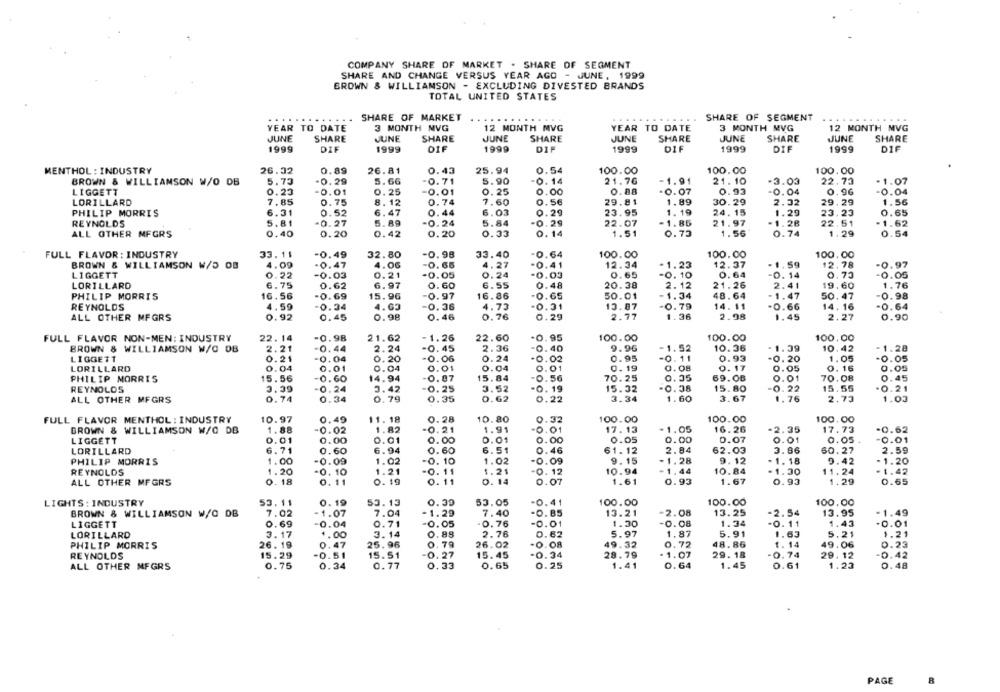
COMPANY SHARE OF MARKET . SHARE OF SEGMENT
SHARE AND CHANGE VERSUS YEAR AGO - JUNE, 1999
BROWN & WILLIAMSON - EXCLUDING DIVESTED BRANDS
TOTAL UNITED STATES
.....
SHARE OF MARKET
SHARE OF SEGMENT
........
YEAR TO DATE
3 MONTH MVG
12 MONTH MVG
YEAR TO DATE
3 MONTH MVG
12 MONTH MVG
JUNE
SHARE
JUNE
SHARE
JUNE
SHARE
JUNE
SHARE
JUNE
SHARE
JUNE
SHARE
1999
DIF
1999
OIF
1999
DIF
1999
DIF
1999
DIF
1999
DIF
MENTHOL : INDUSTRY
26.32
0.89
26.81
0.43
25.94
0.54
100.00
100.00
100.00
21.76
-1.91
21.10
22.73
- 1.07
BROWN & WILLIAMSON W/O DB
5.73
-0.29
5.66
-0.71
5.90
-0.14
-3.03
LIGGETT
0.23
-0.01
0.25
-0.01
0.25
0.00
0.88
-0.07
0.93
-0.04
0.96
-0.04
LORILLARD
7.85
0.74
0.56
29.81
1.89
30.29
2.32
29.29
1.56
0.75
8. 12
7.60
PHILIP MORRIS
6.31
0.52
6.47
0.44
6.03
0.29
23.95
1. 19
24.15
1.29
23.23
0.65
5.81
-0.27
5.89
-0.24
5.84
-1.85
21.97
-1.62
REYNOLDS
-0.29
22.07
-1.28
22.51
ALL OTHER MFGRS
0.40
0.20
0.42
0.20
0.33
0.14
1.51
0.73
1.56
0.74
1.29
0.54
FULL FLAVOR : INDUSTRY
33.11
-0.49
32.80
-0.98
33.40
-0.64
100.00
100.00
100.00
BROWN & WILLIAMSON W/5 0B
4.09
-0.47
4.00
-0.66
4.27
-0.41
12.34
-1.23
12.37
-1.59
12.78
-0.97
LIGGETT
0.22
-0.03
0.21
-0.05
0.24
-0.03
0.65
-0. 10
0.64
0. 14
0.73
0.05
LORILLARD
6.75
6.55
0.48
20.38
2.12
1.76
0.62
6.97
0.60
21.26
2.41
19.60
PHILIP MORRIS
16. 56
-0.69
15.96
0.97
16.86
-0.65
50.01
-1.34
48.64
-1.47
50.47
-0.98
4.59
REYNOLDS
0.34
4.03
-0.36
4.73
-0.31
13.87
0.79
14.11
-0.66
14. 16
-0.64
ALL OTHER MFGRS
0.92
0.45
0.98
0.46
0.76
0.29
2.77
1.36
2.98
1.45
2.27
0.90
FULL FLAVOR NON-MEN: INDUSTRY
22.14
-0.98
21.62
-1.26
22.60
-0.95
100.00
100.00
100.00
BROWN & WILLIAMSON W/C OB
2.21
-0.44
2.24
-0.45
2.36
-0.40
9.96
-1.52
10.36
- 1.39
10.42
-1.28
LIGGETT
0.21
-0.04
0.20
0.06
0.24
-0.02
0.95
-0.11
0.93
0.20
1.05
-0.05
LORILLARD
0.04
0.01
0.04
0.01
0. 19
0.08
0. 16
0.01
0.04
0.17
0.05
0.05
PHILIP MORRIS
15.56
-0.60
14.94
0.87
15.84
-0.56
70.25
0.35
69.OB
0.01
70.08
0.45
3.39
-0.24
3.42
-0.25
3.52
15.32
-0.38
15. 80
-0.22
15.55
.0.21
REYNOLDS
-0.19
ALL OTHER MFGRS
0.74
0.34
0.79
0.35
O.62
0.22
3.34
1. 60
3.67
1.76
2.73
1.02
FULL FLAVOR MENTHOL : INDUSTRY
10.97
0.49
11.18
0.28
10.80
0.32
100.00
100.00
100.00
1.88
-0.02
1.82
-0.21
1.91
17.13
-1.05
16.26
-2.35
17.73
-0.62
BROWN & WILLIAMSON W/O DB
-0.01
LIGGETT
0.01
0.00
0.01
0.00
0.01
0.00
0.05
0.00
0.07
0.01
0.05
0.01
LORILLARD
6.71
0.60
6.94
0.60
6.51
0.46
61.12
2.84
62.03
3.86
60.27
2.59
PHILIP MORRIS
1.00
-0.09
1.02
-0. 10
1.02
-0.09
9.15
-1.28
9.12
- 1. 18
9.42
- 1.20
REYNOLDS
1.20
-0. 10
1.21
-O. 11
1.21
-0.12
10.94
-1.44
10.84
11.24
- 1.42
-1.30
ALL OTHER MFGRS
0.18
0.11
0. 19
0.11
0. 14
0.07
1.61
0.93
1.67
0.93
1.29
0.65
LIGHTS : INDUSTRY
53.11
0.19
53.13
0.39
53.05
-0.41
100.00
100.00
100.00
13.21
13.25
-2.54
BROWN & WILLIAMSON W/G DB
7.02
-1.07
7.04
-1.29
7.40
-0.85
-2.08
13.95
-1.49
LIGGETT
0.69
-0.04
0.71
-0.05
-0. 76
-0.01
1.30
-0.08
1.34
-0. 11
1.43
-0.01
2.76
5.97
1.87
5.91
5.21
1.21
LORILLARD
3.17
1.00
3.14
0.98
0.62
1.63
PHILIP MORRIS
26. 19
0.47
25.96
0.79
26.02
-0.08
49.32
0.72
48.86
1. 14
49.06
0.23
-0.51
-0.27
-0.34
29.79
29. 18
-0.74
-0.42
REYNOLDS
15.29
15.51
15. 45
-1.07
29.12
ALL OTHER MFGRS
0.75
0.34
0.77
0.33
0.65
0.25
1.41
0.64
1.45
0.61
1.23
0.48
PAGE
8